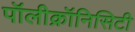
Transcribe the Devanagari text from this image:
पॉलीक्रॉनिसिटी